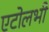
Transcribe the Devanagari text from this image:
एटोलभी